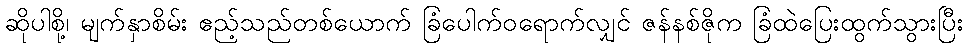
ဆိုပါစို့၊ မျက်နှာစိမ်း ဧည့်သည်တစ်ယောက် ခြံပေါက်ဝရောက်လျှင် ဇန်နစ်ဇိုက ခြံထဲပြေးထွက်သွားပြီး